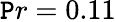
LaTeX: {\mathtt{P}r=0.11}